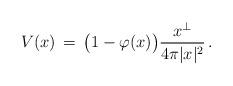
LaTeX: \begin{align*}V(x) \, = \, \big(1-\varphi (x) \big) \frac{x^\bot}{4\pi |x|^2}\,.\end{align*}